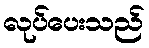
လုပ်ပေးသည်